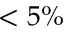
< 5 \%